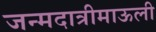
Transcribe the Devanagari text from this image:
जन्मदात्रीमाऊली